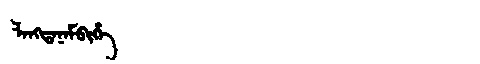
Manchu: ᠯᠠᠩᡨᠠᠨᠠᠮᠪᡳᡥᡝ
Romanization: LANGTANAMBIHE